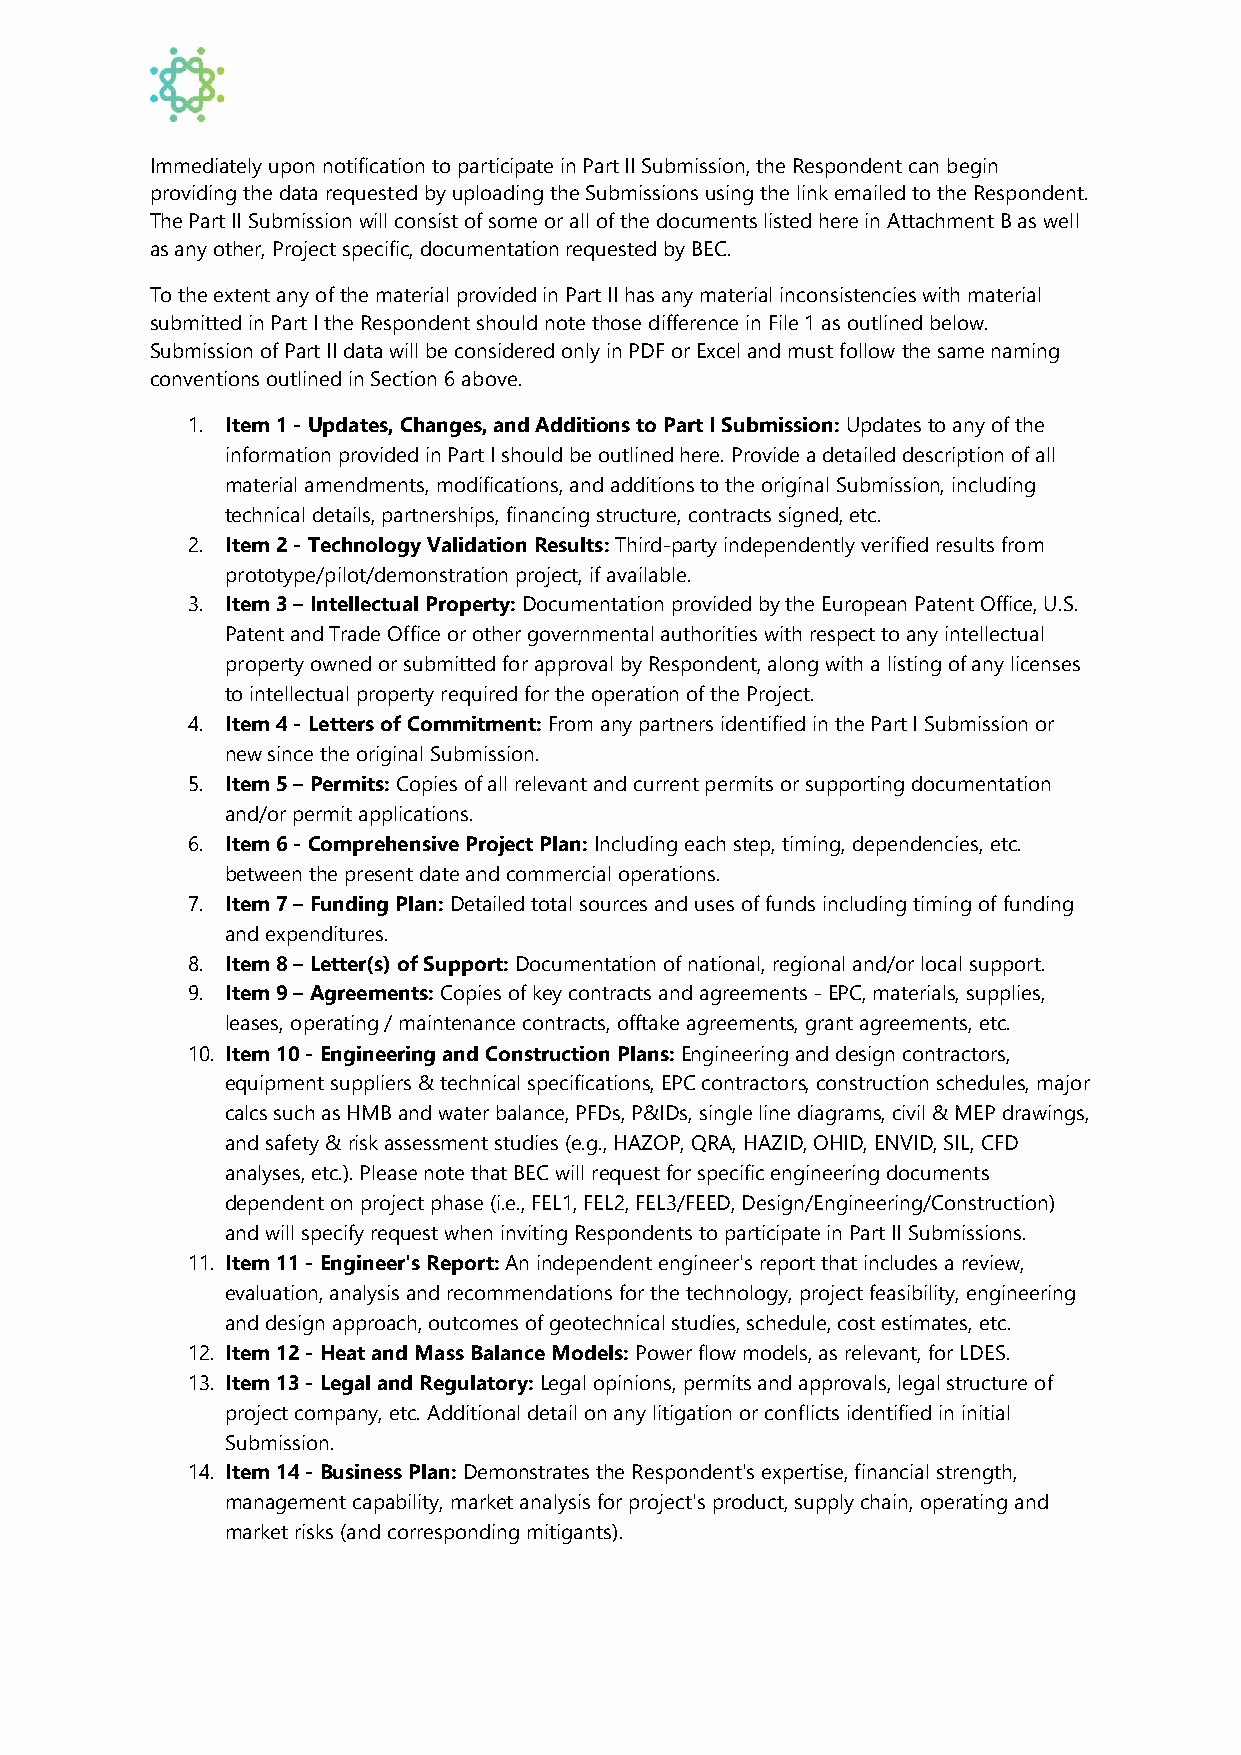
Immediately upon notification to participate in Part II Submission, the Respondent can begin
 providing the data requested by uploading the Submissions using the link emailed to the Respondent.
 The Part II Submission will consist of some or all of the documents listed here in Attachment B as well
 as any other, Project specific, documentation requested by BEC.
 To the extent any of the material provided in Part II has any material inconsistencies with material
 submitted in Part I the Respondent should note those difference in File 1 as outlined below.
 Submission of Part II data will be considered only in PDF or Excel and must follow the same naming
 conventions outlined in Section 6 above.
 1. Item 1 - Updates, Changes, and Additions to Part I Submission: Updates to any of the
 information provided in Part I should be outlined here. Provide a detailed description of all
 material amendments, modifications, and additions to the original Submission, including
 technical details, partnerships, financing structure, contracts signed, etc.
 2. Item 2 - Technology Validation Results: Third-party independently verified results from
 prototype/pilot/demonstration project, if available.
 3. Item 3 – Intellectual Property: Documentation provided by the European Patent Office, U.S.
 Patent and Trade Office or other governmental authorities with respect to any intellectual
 property owned or submitted for approval by Respondent, along with a listing of any licenses
 to intellectual property required for the operation of the Project.
 4. Item 4 - Letters of Commitment: From any partners identified in the Part I Submission or
 new since the original Submission.
 5. Item 5 – Permits: Copies of all relevant and current permits or supporting documentation
 and/or permit applications.
 6. Item 6 - Comprehensive Project Plan: Including each step, timing, dependencies, etc.
 between the present date and commercial operations.
 7. Item 7 – Funding Plan: Detailed total sources and uses of funds including timing of funding
 and expenditures.
 8. Item 8 – Letter(s) of Support: Documentation of national, regional and/or local support.
 9. Item 9 – Agreements: Copies of key contracts and agreements - EPC, materials, supplies,
 leases, operating / maintenance contracts, offtake agreements, grant agreements, etc.
 10. Item 10 - Engineering and Construction Plans: Engineering and design contractors,
 equipment suppliers & technical specifications, EPC contractors, construction schedules, major
 calcs such as HMB and water balance, PFDs, P&IDs, single line diagrams, civil & MEP drawings,
 and safety & risk assessment studies (e.g., HAZOP, QRA, HAZID, OHID, ENVID, SIL, CFD
 analyses, etc.). Please note that BEC will request for specific engineering documents
 dependent on project phase (i.e., FEL1, FEL2, FEL3/FEED, Design/Engineering/Construction)
 and will specify request when inviting Respondents to participate in Part II Submissions.
 11. Item 11 - Engineer's Report: An independent engineer's report that includes a review,
 evaluation, analysis and recommendations for the technology, project feasibility, engineering
 and design approach, outcomes of geotechnical studies, schedule, cost estimates, etc.
 12. Item 12 - Heat and Mass Balance Models: Power flow models, as relevant, for LDES.
 13. Item 13 - Legal and Regulatory: Legal opinions, permits and approvals, legal structure of
 project company, etc. Additional detail on any litigation or conflicts identified in initial
 Submission.
 14. Item 14 - Business Plan: Demonstrates the Respondent's expertise, financial strength,
 management capability, market analysis for project's product, supply chain, operating and
 market risks (and corresponding mitigants).